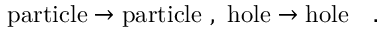
\mathrm { p a r t i c l e } \rightarrow \mathrm { p a r t i c l e } \ , \ \mathrm { h o l e } \rightarrow \mathrm { h o l e } \ \ \ . \nonumber